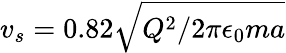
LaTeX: v_{s}=0.82\sqrt{Q^{2}/2\pi\epsilon_{0}ma}